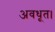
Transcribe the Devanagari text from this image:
अवधूत।